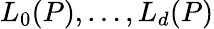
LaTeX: L_{0}(P),\dots,L_{d}(P)